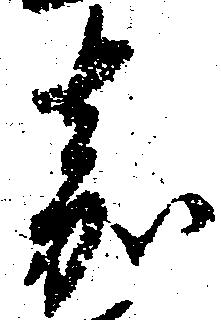
嘉